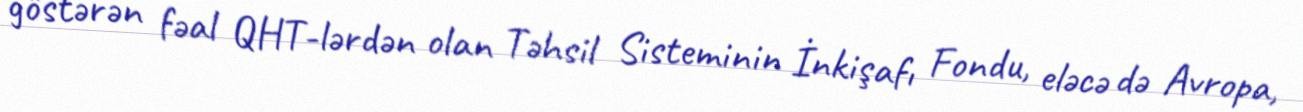
göstərən fəal QHT-lərdən olan Təhsil Sisteminin İnkişafı Fondu, eləcə də Avropa,